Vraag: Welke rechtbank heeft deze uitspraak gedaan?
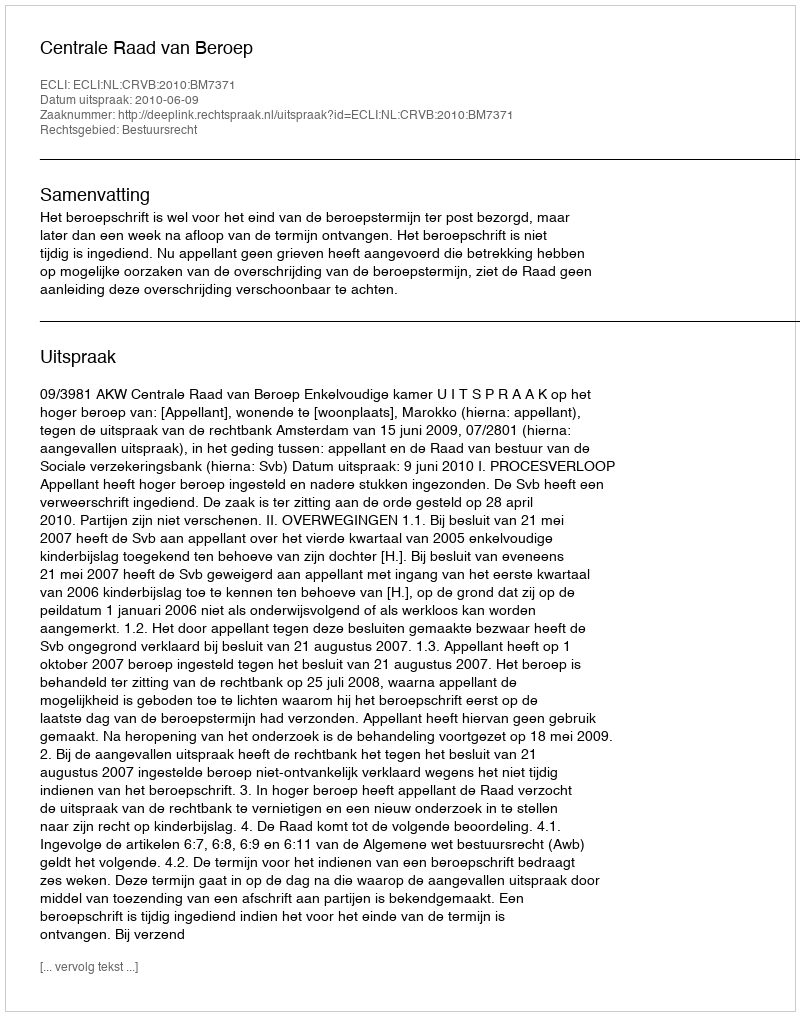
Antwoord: Centrale Raad van Beroep